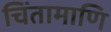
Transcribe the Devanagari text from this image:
चिंतामाणि